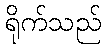
ရိုက်သည်